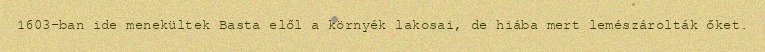
1603-ban ide menekültek Basta elől a környék lakosai, de hiába mert lemészárolták őket.